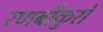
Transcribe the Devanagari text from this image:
रणबाँकुरों